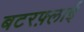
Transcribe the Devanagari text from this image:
बटरफ़्लाई